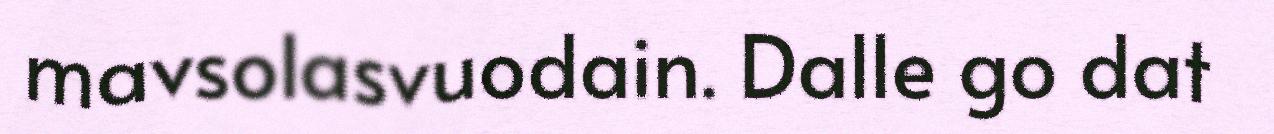
mavsolasvuodain. Dalle go dat